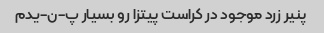
پنیر زرد موجود در کراست پیتزا رو بسیار پ-ن-یدم